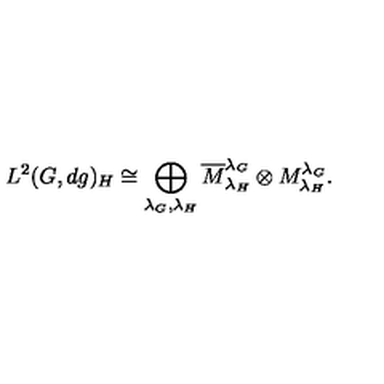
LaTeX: L ^ { 2 } ( G , d g ) _ { H } \cong \bigoplus _ { \lambda _ { G } , \lambda _ { H } } \overline { { M } } _ { \lambda _ { H } } ^ { \lambda _ { G } } \otimes M _ { \lambda _ { H } } ^ { \lambda _ { G } } .